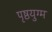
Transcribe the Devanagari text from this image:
पृष्ठयुग्म